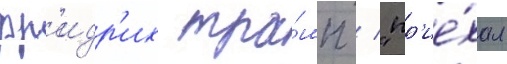
фр'идр'их тра́мп / "пр'ие́хал